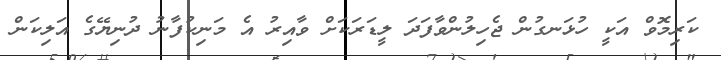
ކަރިމޮވް އަކީ ހުޅަނގުން ޖެހިލުންވާފަދަ ލީޑަރަކަށް ވާއިރު އެ މަނިކުފާނު ދުނިޔޭގެ އަލިކަން